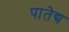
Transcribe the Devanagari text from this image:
पातेद्य